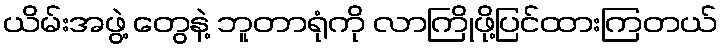
ယိမ်းအဖွဲ့ တွေနဲ့ ဘူတာရုံကို လာကြိုဖို့ပြင်ထားကြတယ်